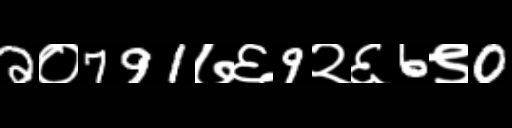
Text: 2०791७६9२६6९0